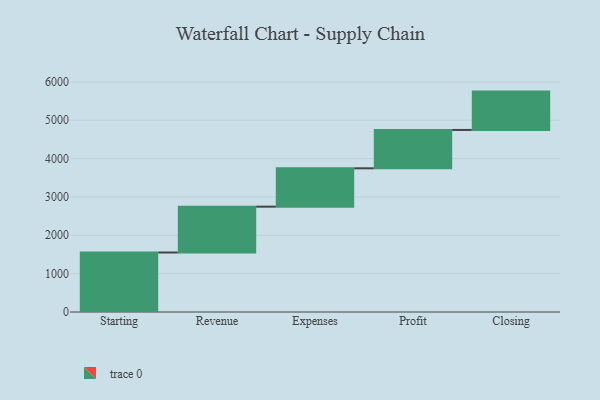
{"axis": {"x": "Step", "y": "Value"}, "legend": [""], "data": [{"x": "Starting", "y": 1551.0, "type": ""}, {"x": "Revenue", "y": 1195.0, "type": ""}, {"x": "Expenses", "y": 1000, "type": ""}, {"x": "Profit", "y": 1000, "type": ""}, {"x": "Closing", "y": 1000, "type": ""}]}